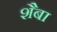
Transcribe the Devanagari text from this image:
शैबा